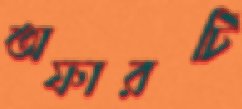
অফারটি